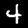
Label: 4